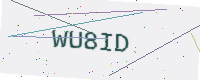
Text: WU8ID